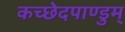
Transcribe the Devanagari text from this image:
कच्छेदपाण्डुम्